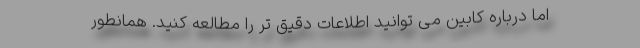
اما درباره کابین می توانید اطلاعات دقیق تر را مطالعه کنید. همانطور